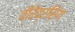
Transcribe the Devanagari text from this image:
वीरेंद्रसिंग